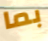
بما